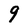
Character: 9